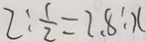
2 : \frac { 1 } { 2 } = 2 . 8 : x